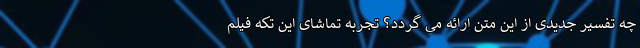
چه تفسیر جدیدی از این متن ارائه می گردد؟ تجربه تماشای این تکه فیلم